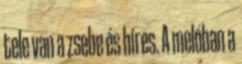
tele van a zsebe és híres. A melóban a